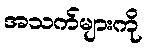
အသက်များကို